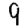
Digit: 9